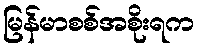
မြန်မာစစ်အစိုးရက